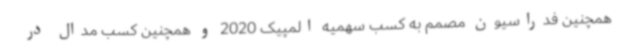
همچنین فدراسیون مصمم به کسب سهمیه المپیک 2020 و همچنین کسب مدال در